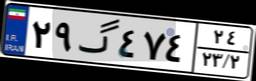
۲۹گ۴۷۴۲۴